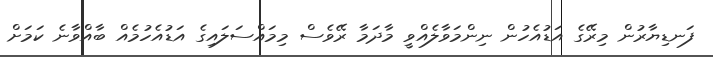
ފަނޑިޔާރުން މިރޭގެ އަޑުއެހުން ނިންމަވާލެއްވީ މާދަމާ ރޭވެސް މިމައްސަލައިގެ އަޑުއެހުމެއް ބާއްވާނެ ކަމަށް